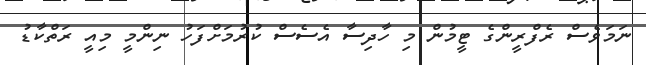
ނަމަވެސް ރެފްރީންގެ ޓީމުން މި ހާދިސާ އެސެސް ކުރުމަށްފަހު ނިންމީ މިއީ ރަތްކާޑު